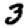
Digit: 3